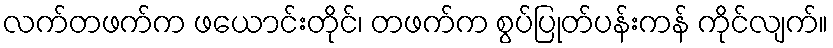
လက်တဖက်က ဖယောင်းတိုင်၊ တဖက်က စွပ်ပြုတ်ပန်းကန် ကိုင်လျက်။